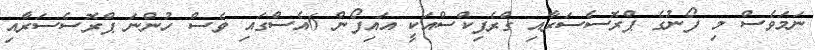
ނަމަވެސް މި ފޯނުގެ ޕްރޮސެސަރާއި ގްރެފިކްސްއަކީ އައިފޯން 6އެސްގައި ވެސް ހުންނަ ޕްރޮސެސަރާއި